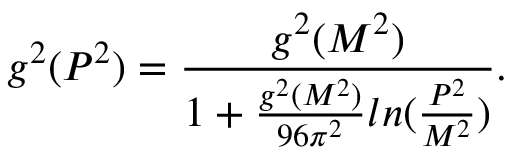
g ^ { 2 } ( P ^ { 2 } ) = \frac { g ^ { 2 } ( M ^ { 2 } ) } { 1 + \frac { g ^ { 2 } ( M ^ { 2 } ) } { 9 6 \pi ^ { 2 } } l n ( \frac { P ^ { 2 } } { M ^ { 2 } } ) } .